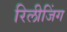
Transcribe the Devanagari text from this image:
रिलीजिंग